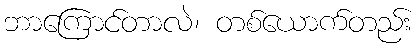
ဘာကြောင်တာလဲ၊ တစ်ယောက်တည်း